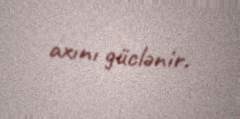
axını güclənir.